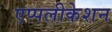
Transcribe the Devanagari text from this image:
एप्पलीकेशन